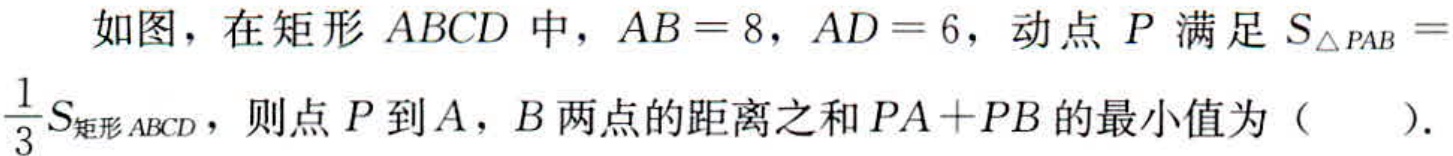
如图，在矩形 \(ABCD\) 中，\(AB = 8\)，\(AD = 6\)，动点 \(P\) 满足 \(S_{\triangle PAB}=\frac{1}{3}S_{矩形ABCD}\)，则点 \(P\) 到 \(A\)，\(B\) 两点的距离之和 \(PA + PB\) 的最小值为（  ）.